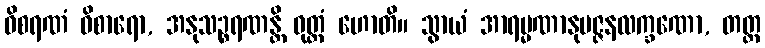
ဝိစရဏံ ဝိစာရော, အနုသဉ္စရဏန္တိ ဝုတ္တံ ဟောတိ။ သွာယံ အာရမ္မဏာနုမဇ္ဇနလက္ခဏော, တတ္ထ